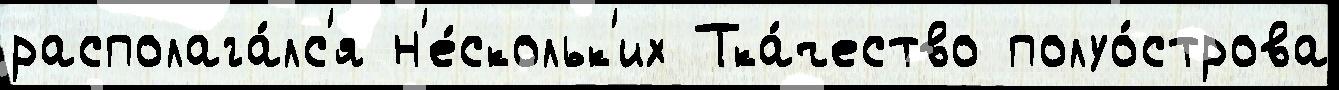
располага́лс'я н'е́скольк'их Тка́чество полуо́строва